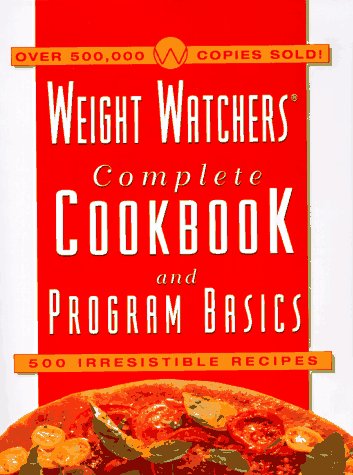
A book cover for Weight Watchers Complete Cookbook & Program Basics: 500 Irresistible Recipes; Weight Watchers; Health, Fitness & Dieting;